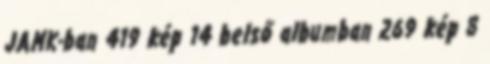
JAMK-ban 419 kép 14 belső albumban 269 kép 8